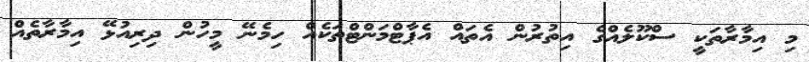
މި އިމާރާތަކީ ސްކޫލެއްގެ އިތުރުން އެތައް އެޕާޓްމަންޓްތަކެއް ހިމެނޭ މީހުން ދިރިއުޅޭ އިމާރާތެއް